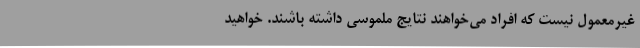
غیرمعمول نیست که افراد می‌خواهند نتایج ملموسی داشته باشند. خواهید